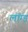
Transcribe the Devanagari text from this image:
लॉग्ड